Report of the veterinary officer investigating camel disease
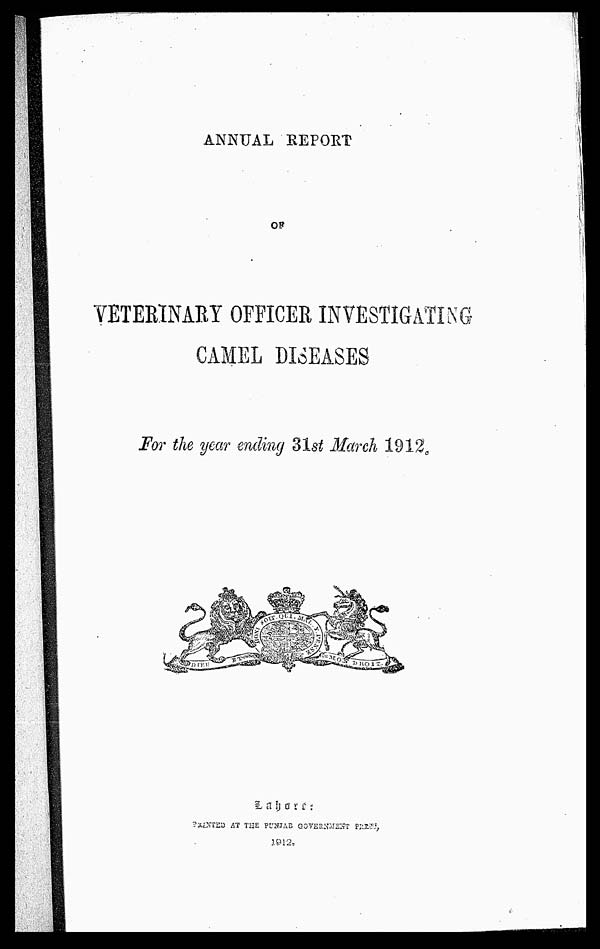
ANNUAL REPORT
OF
VETERINARY OFFICER INVESTIGATING
CAMEL DISEASES
For the year ending 31st March 1912.
L a h o r e :
PRINTED AT THE PUNJAB GOVERNMENT PRESS,
1912,